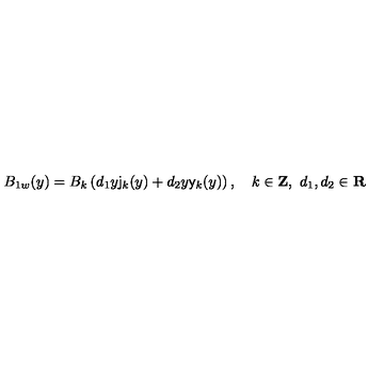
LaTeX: B _ { 1 w } ( y ) = B _ { k } \left( d _ { 1 } y \mathsf { j } _ { k } ( y ) + d _ { 2 } y \mathsf { y } _ { k } ( y ) \right) , \quad k \in \mathbf { Z } , \ d _ { 1 } , d _ { 2 } \in \mathbf { R }